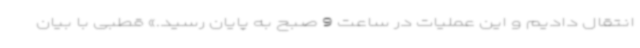
انتقال دادیم و این عملیات در ساعت 9 صبح به پایان رسید.» قطبی با بیان